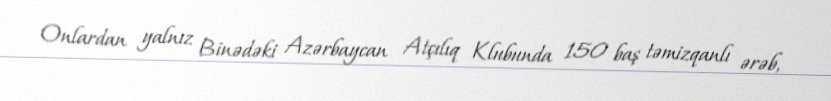
Onlardan yalnız Binədəki Azərbaycan Atçılıq Klubunda 150 baş təmizqanlı ərəb,